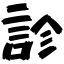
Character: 診